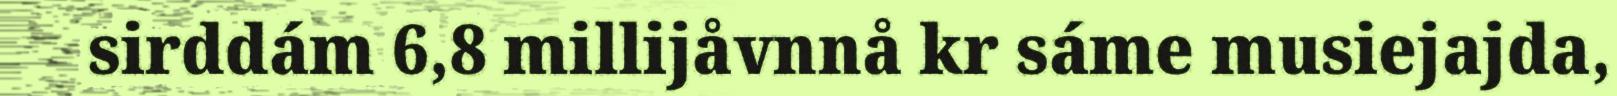
sirddám 6,8 millijåvnnå kr sáme musiejajda,